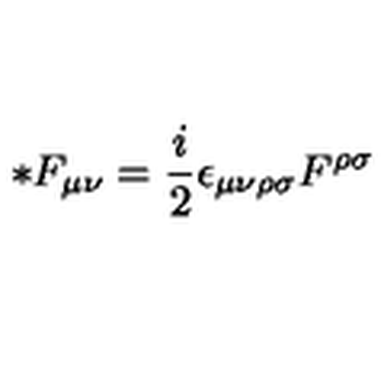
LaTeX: * F _ { \mu \nu } = \frac { i } { 2 } \epsilon _ { \mu \nu \rho \sigma } F ^ { \rho \sigma }